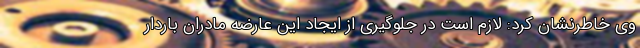
وی خاطرنشان کرد: لازم است در جلوگیری از ایجاد این عارضه مادران باردار